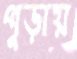
পুড়ায়